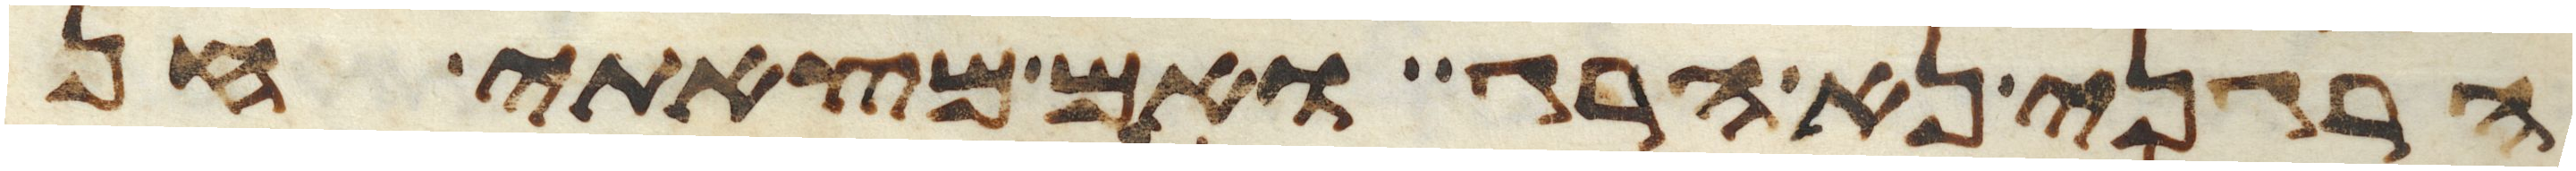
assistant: הרגני נא הרג ואם מצאתי חן